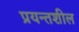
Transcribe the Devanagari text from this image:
प्रयन्तशील